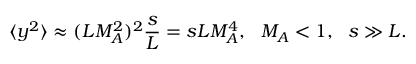
\langle y ^ { 2 } \rangle \approx ( L M _ { A } ^ { 2 } ) ^ { 2 } \frac { s } { L } = s L M _ { A } ^ { 4 } , ~ ~ M _ { A } < 1 , ~ ~ s \gg L .